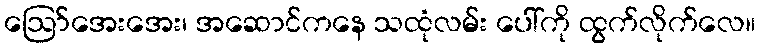
ဪအေးအေး၊ အဆောင်ကနေ သထုံလမ်း ပေါ်ကို ထွက်လိုက်လေ။